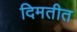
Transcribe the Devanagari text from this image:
दिमतीत